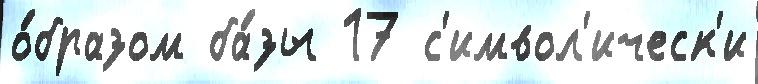
о́бразом ба́зы 17 с'имвол'ическ'и